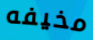
مخيفه